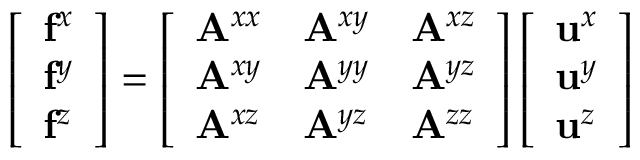
\left[ \begin{array} { l } { \mathbf { f } ^ { x } } \\ { \mathbf { f } ^ { y } } \\ { \mathbf { f } ^ { z } } \end{array} \right] = \left[ \begin{array} { l l l } { \mathbf { A } ^ { x x } } & { \mathbf { A } ^ { x y } } & { \mathbf { A } ^ { x z } } \\ { \mathbf { A } ^ { x y } } & { \mathbf { A } ^ { y y } } & { \mathbf { A } ^ { y z } } \\ { \mathbf { A } ^ { x z } } & { \mathbf { A } ^ { y z } } & { \mathbf { A } ^ { z z } } \end{array} \right] \left[ \begin{array} { l } { \mathbf { u } ^ { x } } \\ { \mathbf { u } ^ { y } } \\ { \mathbf { u } ^ { z } } \end{array} \right]